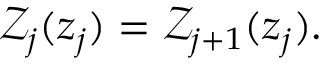
\begin{array} { r } { \mathcal { Z } _ { j } ( z _ { j } ) = \mathcal { Z } _ { j + 1 } ( z _ { j } ) . } \end{array}